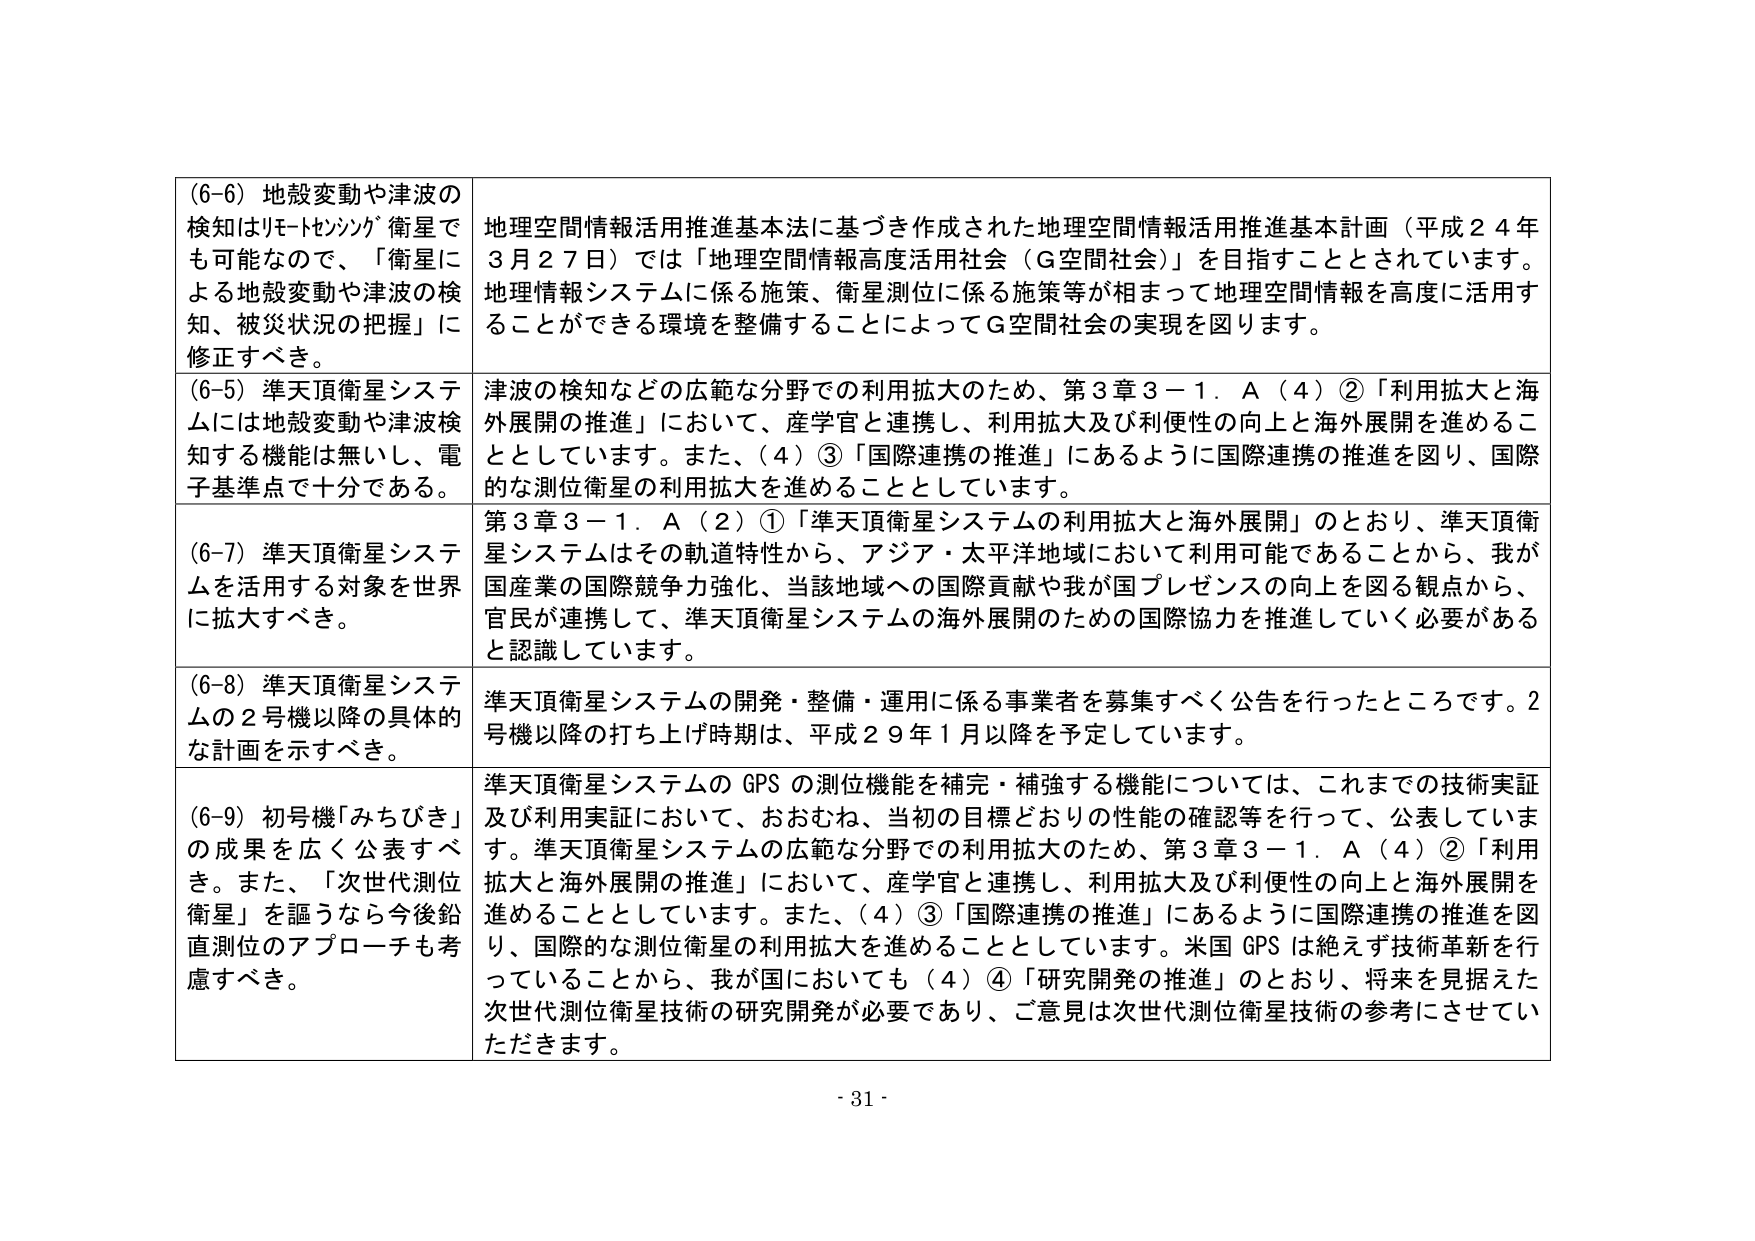
(6-6) 地殻変動や津波の
検知はリモートセンシング衛星で
も可能なので、「衛星に
よる地殻変動や津波の検
知、被災状況の把握」に
修正すべき。

地理空間情報活用推進基本法に基づき作成された地理空間情報活用推進基本計画（平成２４年
３月２７日）では「地理空間情報高度活用社会（Ｇ空間社会）」を目指すこととされています。
地理情報システムに係る施策、衛星測位に係る施策等が相まって地理空間情報を高度に活用す
ることができる環境を整備することによってＧ空間社会の実現を図ります。

(6-5) 準天頂衛星システムには地殻変動や津波検
知する機能は無いし、電
子基準点で十分である。

津波の検知などの広範な分野での利用拡大のため、第３章３－１．Ａ（４）②「利用拡大と海
外展開の推進」において、産学官と連携し、利用拡大及び利便性の向上と海外展開を進めるこ
ととしています。また、（４）③「国際連携の推進」にあるように国際連携の推進を図り、国際
的な測位衛星の利用拡大を進めることとしています。

(6-7) 準天頂衛星システムを活用する対象を世界
に拡大すべき。

第３章３－１．Ａ（２）①「準天頂衛星システムの利用拡大と海外展開」のとおり、準天頂衛
星システムはその軌道特性から、アジア・太平洋地域において利用可能であることから、我が
国産業の国際競争力強化、当該地域への国際貢献や我が国プレゼンスの向上を図る観点から、
官民が連携して、準天頂衛星システムの海外展開のための国際協力を推進していく必要がある
と認識しています。

(6-8) 準天頂衛星システムの２号機以降の具体的
な計画を示すべき。

準天頂衛星システムの開発・整備・運用に係る事業者を募集すべく公告を行ったところです。２
号機以降の打ち上げ時期は、平成２９年１月以降を予定しています。

(6-9) 初号機「みちびき」
の成果を広く公表すべ
き。また、「次世代測位
衛星」を謳うなら今後鉛
直測位のアプローチも考
慮すべき。

準天頂衛星システムの GPS の測位機能を補完・補強する機能については、これまでの技術実証
及び利用実証において、おおむね、当初の目標どおりの性能の確認等を行って、公表していま
す。準天頂衛星システムの広範な分野での利用拡大のため、第３章３－１．Ａ（４）②「利用
拡大と海外展開の推進」において、産学官と連携し、利用拡大及び利便性の向上と海外展開を
進めることとしています。また、（４）③「国際連携の推進」にあるように国際連携の推進を図
り、国際的な測位衛星の利用拡大を進めることとしています。米国 GPS は絶えず技術革新を行
っていることから、我が国においても（４）④「研究開発の推進」のとおり、将来を見据えた
次世代測位衛星技術の研究開発が必要であり、ご意見は次世代測位衛星技術の参考にさせてい
ただきます。

- 31 -